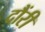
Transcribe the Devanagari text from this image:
दौंरी